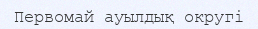
Первомай ауылдық округі